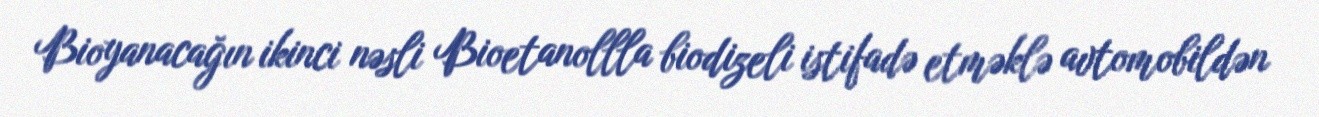
Bioyanacağın ikinci nəsli Bioetanollla biodizeli istifadə etməklə avtomobildən